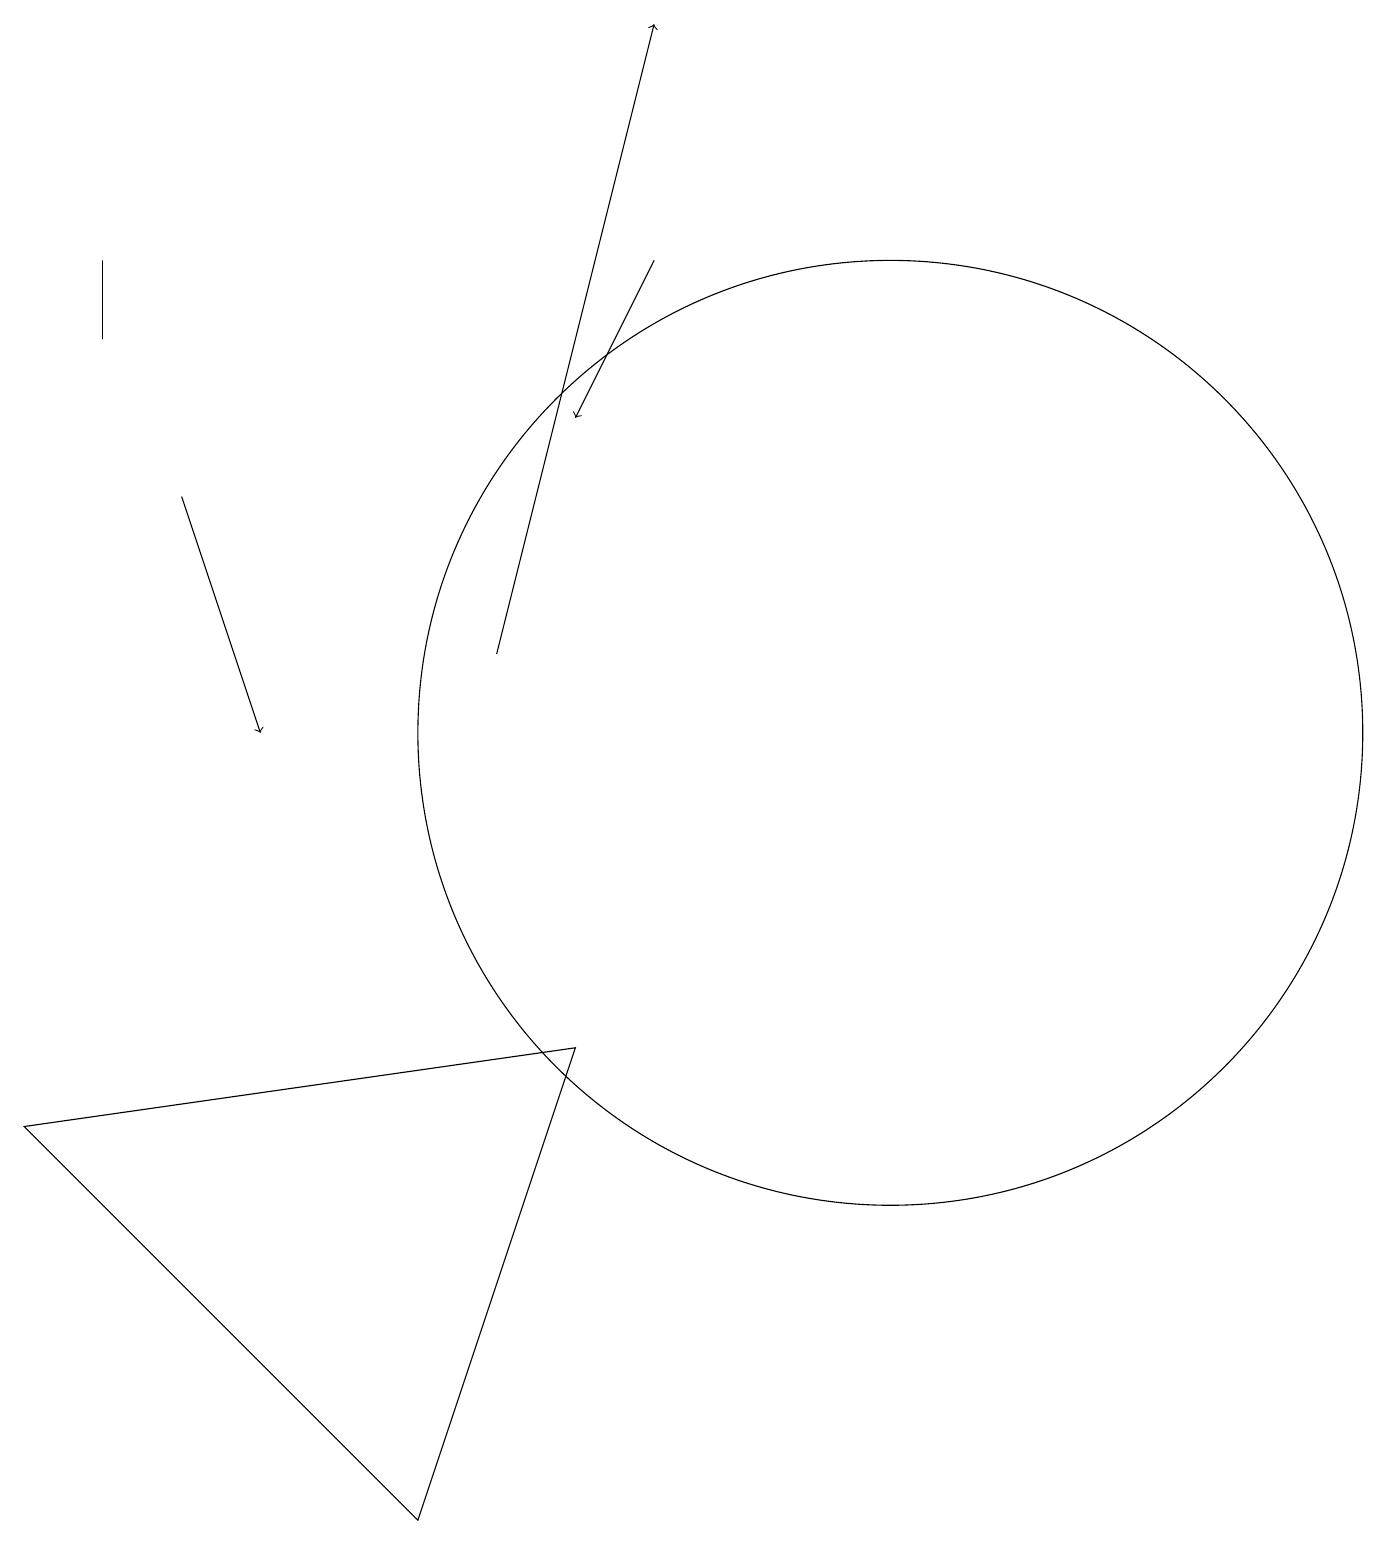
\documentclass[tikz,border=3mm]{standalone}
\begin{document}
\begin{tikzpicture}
\draw[->] (2,13) -- (3,10);
\draw (5,0) -- (0,5) -- (7,6) -- cycle;
\draw (1,16) rectangle (1,15);
\draw[->] (8,16) -- (7,14);
\draw (11,11) circle (0);
\draw[->] (6,11) -- (8,19);
\draw (11,10) circle (6);
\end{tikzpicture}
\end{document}